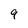
Character: q